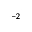
^ { - 2 }